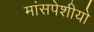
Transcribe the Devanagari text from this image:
मांसपेशीयो